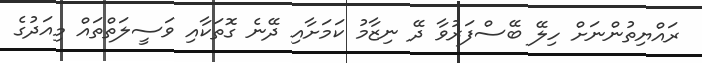
ރައްޔިތުންނަށް ހިލޭ ބޭސްފަރުވާ ދޭ ނިޒާމު ކަމަށާއި ދޭނެ ގޮތަކާއި ވަސީލަތްތައް މިއަދުގެ